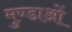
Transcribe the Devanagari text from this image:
मुण्डाओं